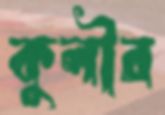
কুলীর